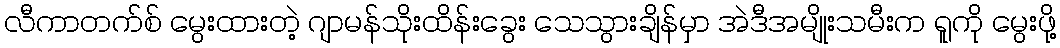
လီကာတက်စ် မွေးထားတဲ့ ဂျာမန်သိုးထိန်းခွေး သေသွားချိန်မှာ အဲဒီအမျိုးသမီးက ရူကို မွေးဖို့